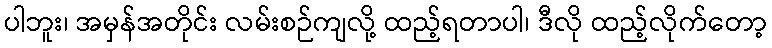
ပါဘူး၊ အမှန်အတိုင်း လမ်းစဉ်ကျလို့ ထည့်ရတာပါ၊ ဒီလို ထည့်လိုက်တော့